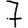
Digit: 7